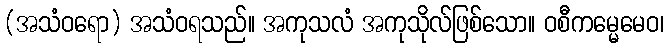
(အသံဝရော) အသံဝရသည်။ အကုသလံ အကုသိုလ်ဖြစ်သော။ ဝစီကမ္မေမေဝ၊